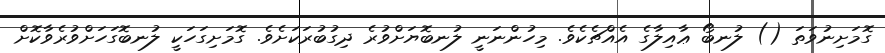
ގޮމަށިނުވަތަ () ލުނބޯ ޢާއިލާގެ އެއްޗެކެވެ. މިހުންނަނީ ލުނބޮޔަށްވުރެ ދިގުބުރަކަށެވެ. ގޮމަށިގަހަކީ ލުނބޮގަހަށްވުރެވާކޮށް